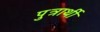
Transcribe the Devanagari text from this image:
पुत्रार्थी